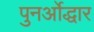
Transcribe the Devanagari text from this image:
पुनर्ओद्धार